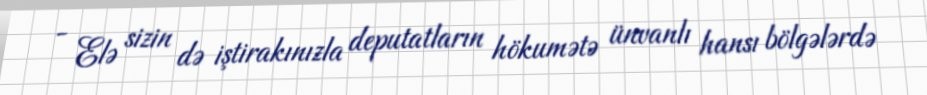
- Elə sizin də iştirakınızla deputatların hökumətə ünvanlı hansı bölgələrdə